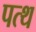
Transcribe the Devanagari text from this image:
पत्थ